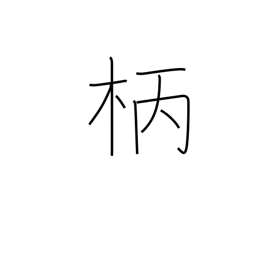
Meaning: shaft